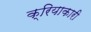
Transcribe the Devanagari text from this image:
क्रियाकारी